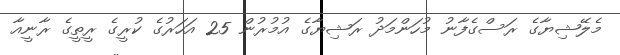
މެލޭޝިޔާގެ ރަސްގެފާނު މުހަންމަދު ރަޝިޔާގެ އުމުރުން 25 އަހަރުގެ ކުރީގެ ރީތީގެ ރާނީއާ